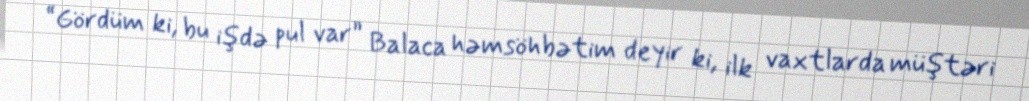
“Gördüm ki, bu işdə pul var” Balaca həmsöhbətim deyir ki, ilk vaxtlarda müştəri